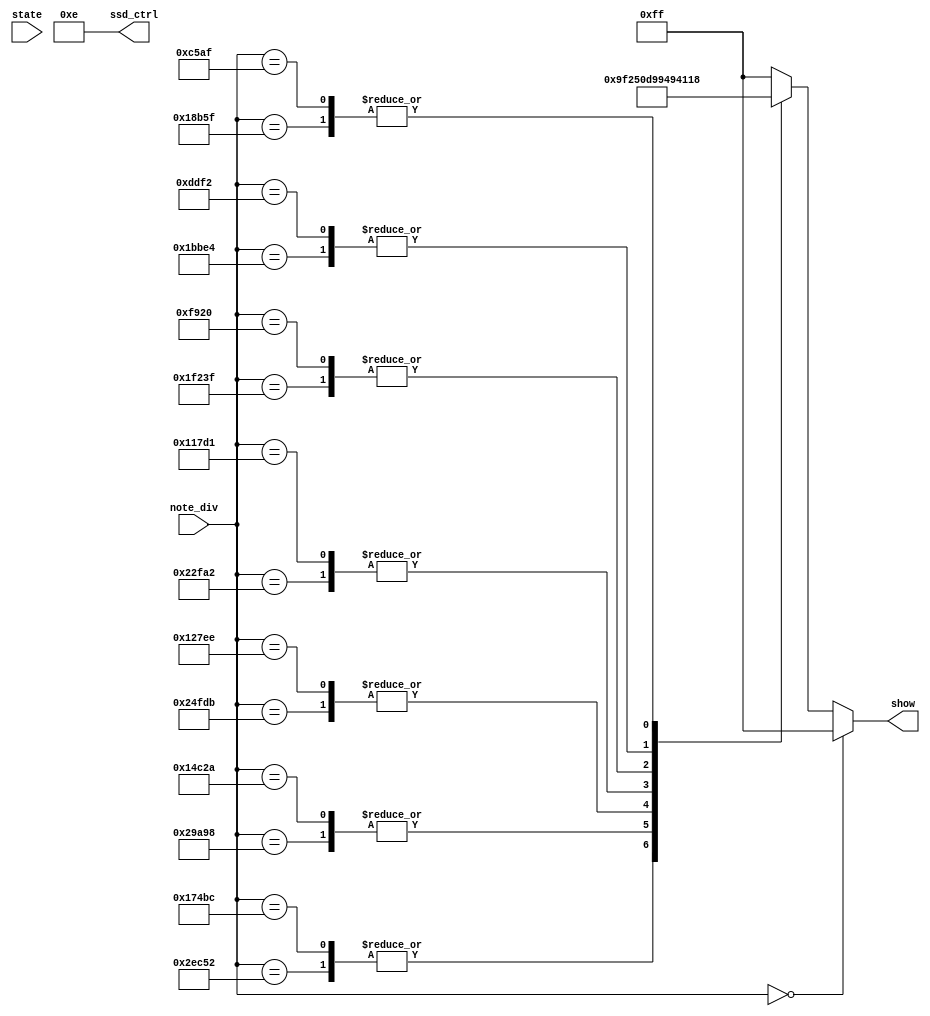
`timescale 1ns / 1ps
//////////////////////////////////////////////////////////////////////////////////
// Company: 
// Engineer: 
// 
// Design Name: 
// Module Name: note_display
// Project Name: 
// Target Devices: 
// Tool Versions: 
// Description: 
// 
// Dependencies: 
// 
// Revision:
// Revision 0.01 - File Created
// Additional Comments:
// 
//////////////////////////////////////////////////////////////////////////////////
`define SS_1 8'b1001_1111
`define SS_2 8'b0010_0101
`define SS_3 8'b0000_1101
`define SS_4 8'b1001_1001
`define SS_5 8'b0100_1001
`define SS_6 8'b0100_0001
`define SS_7 8'b0001_1011


module note_display(state, note_div, show, ssd_ctrl);
    input state;
    input [21:0] note_div;
    output [7:0] show;
    output [3:0] ssd_ctrl;
    
    reg [7:0] show;    
    
    assign ssd_ctrl = 4'b1110;
    
    always @* begin
        if(note_div == 22'd0)
            show = 8'b11111111;             
        else begin            
            case(note_div)
                22'd191570: show = `SS_1;
                22'd95420: show = `SS_1;
                
                22'd170648: show = `SS_2;
                22'd85034: show = `SS_2;
                
                22'd151515: show = `SS_3;
                22'd75758: show = `SS_3;
                
                22'd143266: show = `SS_4;
                22'd71633: show = `SS_4;
                
                22'd127551: show = `SS_5;
                22'd63776: show = `SS_5;
                
                22'd113636: show = `SS_6;
                22'd56818: show = `SS_6;
                
                22'd101215: show = `SS_7;
                22'd50607: show = `SS_7;
                
                default: show = 8'b11111111;
            endcase        
        end
    end
endmodule